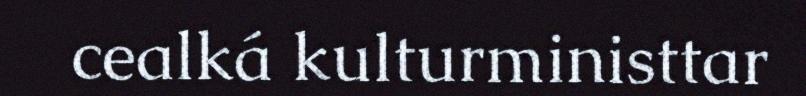
cealká kulturministtar